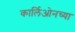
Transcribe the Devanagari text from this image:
कार्लिओनच्या